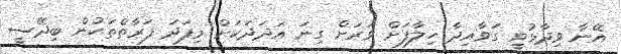
އޭނާ ވިދާޅުވީ ގަވާއިދާ ހިލާފަށް ވަރަށް ގިނަ އަދަދަކަށް މިފަދަ ފަރާތްތަކުން ބިދޭސީ